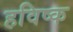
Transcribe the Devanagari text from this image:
हविष्क